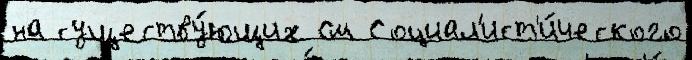
на существу́ющих См Социал'ист'и́ческого